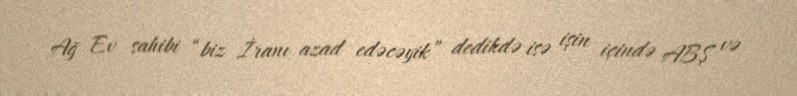
Ağ Ev sahibi “biz İranı azad edəcəyik” dedikdə isə işin içində ABŞ və